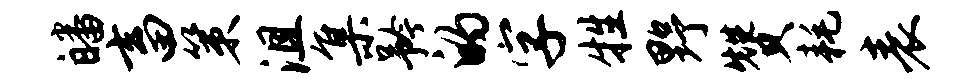
皤畜策沮集矜的字牲野赞耗表